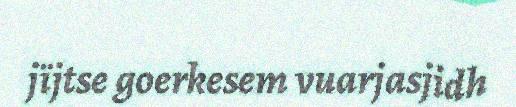
jïjtse goerkesem vuarjasjidh